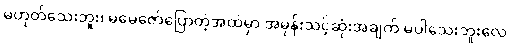
မဟုတ်သေးဘူး၊ မမေဇော်ပြောတဲ့အထဲမှာ အမုန်းသင့်ဆုံးအချက် မပါသေးဘူးလေ